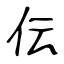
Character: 伝